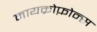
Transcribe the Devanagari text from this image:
मायक्रोफ़ोन्स